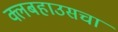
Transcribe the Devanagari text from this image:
क्लबहाउसचा